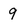
Character: 9